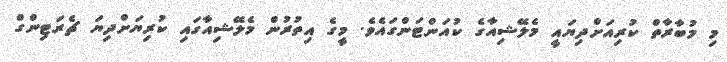
މި މުބާރާތް ކުރިއަށްދިޔައީ މެލޭޝިއާގެ ކުއަންޓަންގައެވެ. މީގެ އިތުރުން މެލޭޝިއާގައި ކުރިޔަށްދިޔަ ޗެރަޓިންގް